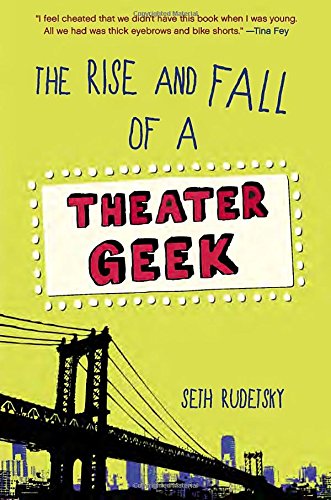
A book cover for The Rise and Fall of a Theater Geek; Seth Rudetsky; Teen & Young Adult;